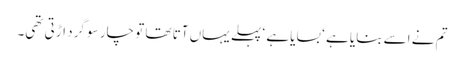
تم نے اسے بنایا ہے ‘ بسایا ہے ‘ پہلے یہاں آتا تھا تو چار سو گرد اڑتی تھی۔